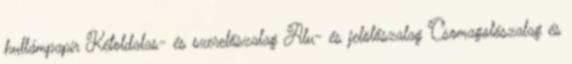
hullámpapír Kétoldalas- és szerelőszalag Alu- és jelölőszalag Csomagolószalag és